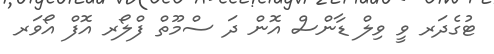
ޓުގެދަރ ވީ ވިލް ޑާންސް އޮން ދަ ސްމޫތް ފްލޯރ އޮފް އޯވަރ